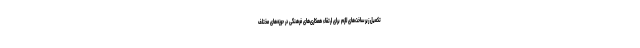
تکمیل زیرساخت‌های لازم برای ارتقاء همکاری‌های فرهنگی در حوزه‌های مختلف